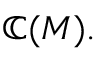
\mathbb { C } ( M ) .